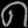
Digit: ၈